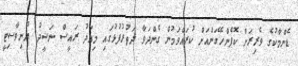
ޑެންމާކުގެ ވެރިރަށް ކޮޕެންހޭގަންއަށް ކުރައްވަމުން ގެންދަވާ ދަތުރުފުޅުގައި މިއަދު ރައީސް ނަޝީދު ޔުނިވާސިޓީ